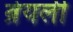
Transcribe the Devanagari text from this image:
ब्रेयर्ली